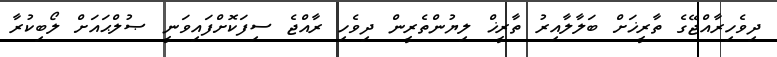
ދިވެހިރާއްޖޭގެ ތާރީޚަށް ބަލާލާއިރު ތާރީޚް ލިޔުންތެރީން ދިވެހި ރާއްޖެ ސިފަކޮށްފައިވަނީ ޞުލްޙައަށް ލޯބިކުރާ